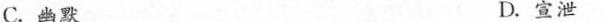
C.幽默 D.宣泄